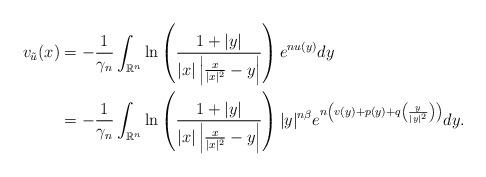
LaTeX: \begin{align*}v_{\tilde{u}}(x)&=-\frac{1}{\gamma_n}\int_{\mathbb{R}^n}\ln \left(\frac{1+|y|}{|x|\left|\frac{x}{|x|^2}-y\right|}\right)e^{nu(y)}dy\\&=-\frac{1}{\gamma_n}\int_{\mathbb{R}^n}\ln \left(\frac{1+|y|}{|x|\left|\frac{x}{|x|^2}-y\right|}\right)|y|^{n\beta}e^{n\left(v(y)+p(y)+q\left(\frac{y}{|y|^2}\right)\right)}dy.\end{align*}